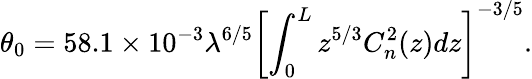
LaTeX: \theta_{0}=58.1\times 10^{-3}\lambda^{6/5}\left[\int_{0}^{L}z^{5/3}C_{n}^{2}(z)dz\right]^{-3/5}.